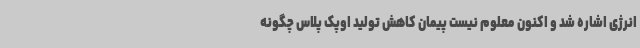
انرژی اشاره شد و اکنون معلوم نیست پیمان کاهش تولید اوپک پلاس چگونه